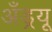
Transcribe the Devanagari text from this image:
अँड्रयू